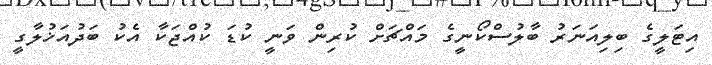
އިޓަލީގެ ބިިލިއަނަރު ބާލުސްކޯނީގެ މައްޗަށް ކުރިން ވަނީ ކުޑަ ކުއްޖަކާ އެކު ބަދުއަޚުލާގީ